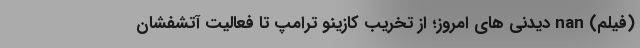
(فیلم) nan دیدنی های امروز؛ از تخریب کازینو ترامپ تا فعالیت آتشفشان